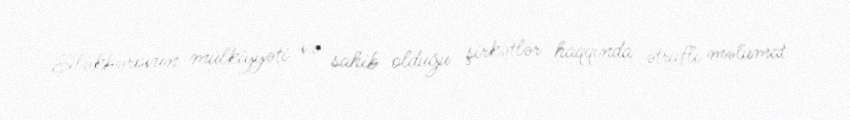
Ələkbərovun mülkiyyəti və sahib olduğu şirkətlər haqqında ətraflı məlumat